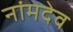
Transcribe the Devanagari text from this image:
नांमदेव